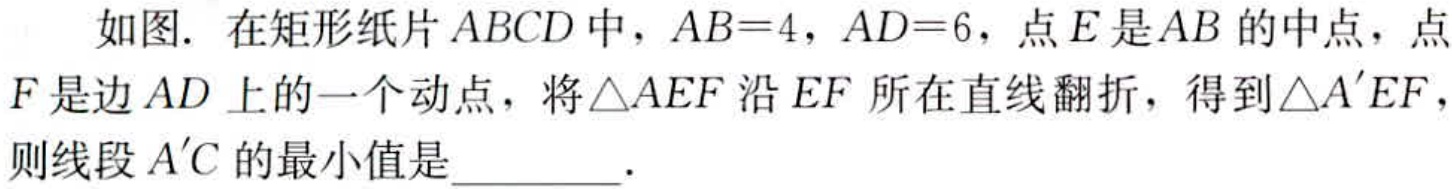
如图. 在矩形纸片 \(ABCD\) 中，\(AB = 4\)，\(AD = 6\)，点 \(E\) 是 \(AB\) 的中点，点 \(F\) 是边 \(AD\) 上的一个动点，将\(\triangle AEF\) 沿 \(EF\) 所在直线翻折，得到\(\triangle A'EF\)，则线段 \(A'C\) 的最小值是  ．